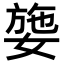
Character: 𡟕